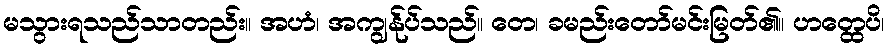
မသွားရသည်သာတည်း။ အဟံ၊ အကျွန်ုပ်သည်။ တေ၊ ခမည်းတော်မင်းမြတ်၏။ ဟတ္ထေပိ၊